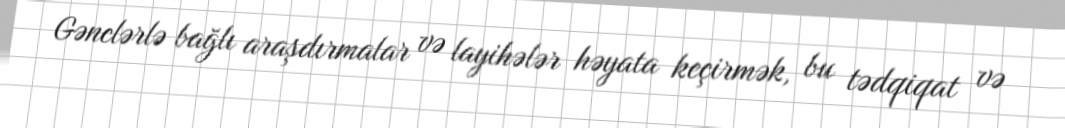
Gənclərlə bağlı araşdırmalar və layihələr həyata keçirmək, bu tədqiqat və